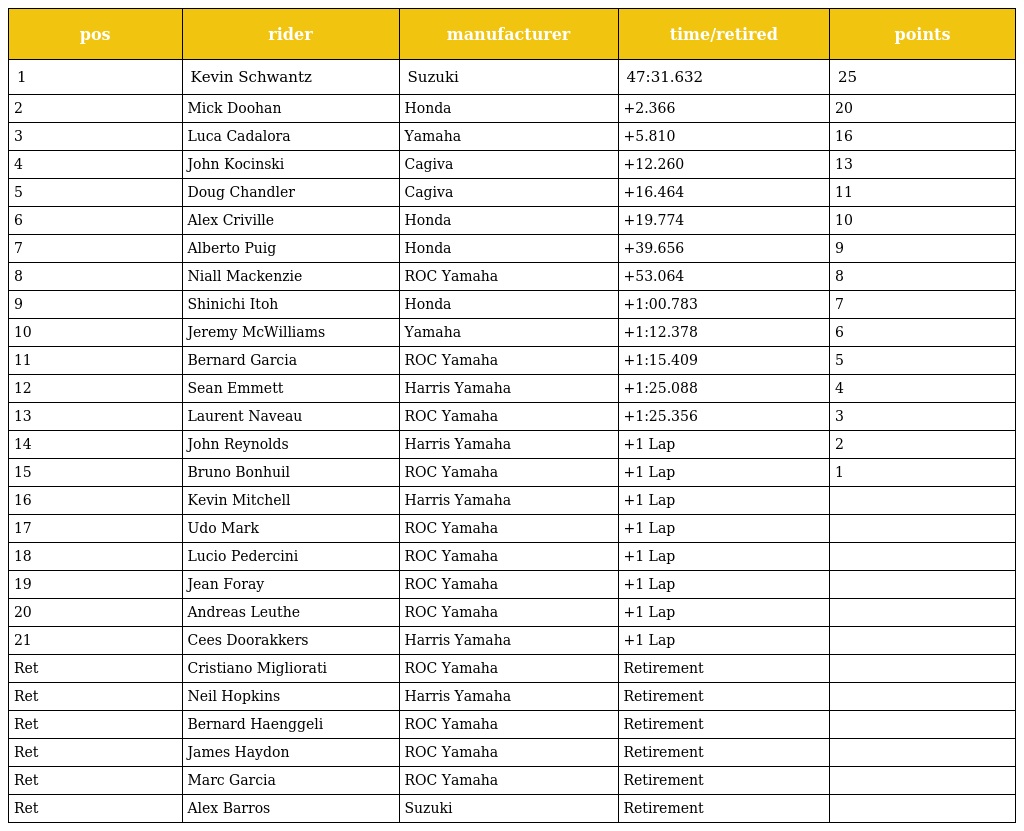
| pos | rider | manufacturer | time/retired | points |
 | --- | --- | --- | --- | --- |
 | 1 | Kevin Schwantz | Suzuki | 47:31.632 | 25 |
 | 2 | Mick Doohan | Honda | +2.366 | 20 |
 | 3 | Luca Cadalora | Yamaha | +5.810 | 16 |
 | 4 | John Kocinski | Cagiva | +12.260 | 13 |
 | 5 | Doug Chandler | Cagiva | +16.464 | 11 |
 | 6 | Alex Criville | Honda | +19.774 | 10 |
 | 7 | Alberto Puig | Honda | +39.656 | 9 |
 | 8 | Niall Mackenzie | ROC Yamaha | +53.064 | 8 |
 | 9 | Shinichi Itoh | Honda | +1:00.783 | 7 |
 | 10 | Jeremy McWilliams | Yamaha | +1:12.378 | 6 |
 | 11 | Bernard Garcia | ROC Yamaha | +1:15.409 | 5 |
 | 12 | Sean Emmett | Harris Yamaha | +1:25.088 | 4 |
 | 13 | Laurent Naveau | ROC Yamaha | +1:25.356 | 3 |
 | 14 | John Reynolds | Harris Yamaha | +1 Lap | 2 |
 | 15 | Bruno Bonhuil | ROC Yamaha | +1 Lap | 1 |
 | 16 | Kevin Mitchell | Harris Yamaha | +1 Lap |  |
 | 17 | Udo Mark | ROC Yamaha | +1 Lap |  |
 | 18 | Lucio Pedercini | ROC Yamaha | +1 Lap |  |
 | 19 | Jean Foray | ROC Yamaha | +1 Lap |  |
 | 20 | Andreas Leuthe | ROC Yamaha | +1 Lap |  |
 | 21 | Cees Doorakkers | Harris Yamaha | +1 Lap |  |
 | Ret | Cristiano Migliorati | ROC Yamaha | Retirement |  |
 | Ret | Neil Hopkins | Harris Yamaha | Retirement |  |
 | Ret | Bernard Haenggeli | ROC Yamaha | Retirement |  |
 | Ret | James Haydon | ROC Yamaha | Retirement |  |
 | Ret | Marc Garcia | ROC Yamaha | Retirement |  |
 | Ret | Alex Barros | Suzuki | Retirement |  |